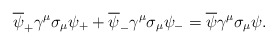
\begin{align*}\overline{\psi}_{+} \gamma^{\mu} \sigma_{\mu} \psi_{+} + \overline{\psi}_{-} \gamma^{\mu} \sigma_{\mu} \psi_{-}= \overline{\psi} \gamma^\mu \sigma_{\mu} \psi.\end{align*}